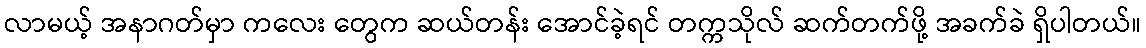
လာမယ့် အနာဂတ်မှာ ကလေး တွေက ဆယ်တန်း အောင်ခဲ့ရင် တက္ကသိုလ် ဆက်တက်ဖို့ အခက်ခဲ ရှိပါတယ်။